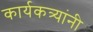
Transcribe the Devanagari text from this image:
कार्यकत्र्यांनी